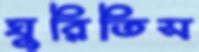
ঘুরিতিস